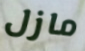
مازل